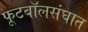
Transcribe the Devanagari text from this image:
फूटबॉलसंघात